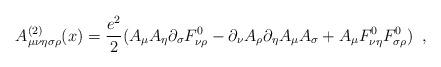
LaTeX: \begin{align*}A^{(2)}_{\mu\nu\eta\sigma\rho}(x)=\frac{e^2}{2}(A_\mu A_\eta \partial_\sigma F^0_{\nu\rho}-\partial_\nu A_\rho\partial_\eta A_\mu A_\sigma+ A_\mu F^0_{\nu\eta} F^0_{\sigma\rho}) \,\,\, ,\end{align*}